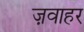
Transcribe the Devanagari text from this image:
ज़वाहर